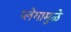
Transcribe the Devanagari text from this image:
प्लेगामुळे